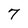
Character: 7